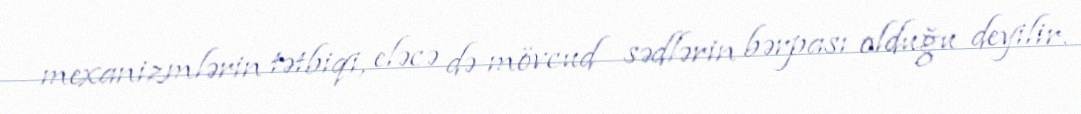
mexanizmlərin tətbiqi, eləcə də mövcud sədlərin bərpası olduğu deyilir.